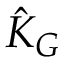
{ \hat { K } } _ { G }